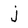
Character: j